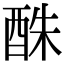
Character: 䣷